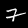
Label: 7